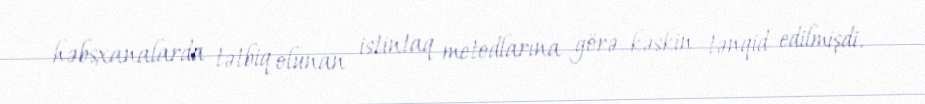
həbsxanalarda tətbiq olunan istintaq metodlarına görə kəskin tənqid edilmişdi.